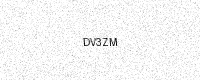
Text: DV3ZM